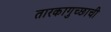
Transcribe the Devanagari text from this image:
तारकागुच्छाची